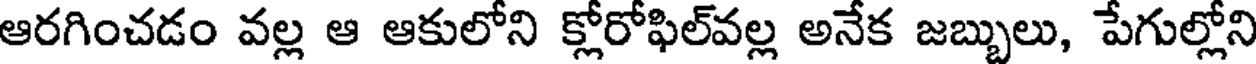
ఆరగించడం వల్ల ఆ ఆకులోని క్లోరోఫిల్వల్ల అనేక జబ్బులు, పేగుల్లోని